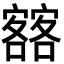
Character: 𡫥